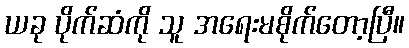
ယခု ပိုက်ဆံကို သူ အရေးမစိုက်တော့ပြီ။